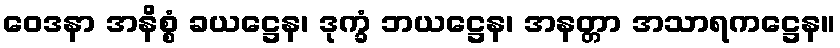
ဝေဒနာ အနိစ္စံ ခယဋ္ဌေန၊ ဒုက္ခံ ဘယဋ္ဌေန၊ အနတ္တာ အသာရကဋ္ဌေန။